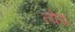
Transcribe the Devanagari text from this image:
त्येय